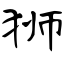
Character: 狮